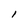
Character: l